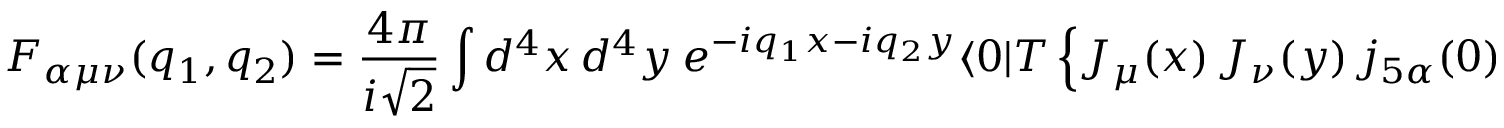
{ \cal { F } } _ { \alpha \mu \nu } ( q _ { 1 } , q _ { 2 } ) = \frac { 4 \pi } { i \sqrt { 2 } } \int d ^ { 4 } x \, d ^ { 4 } y \ e ^ { - i q _ { 1 } x - i q _ { 2 } y } \langle 0 | T \left\{ J _ { \mu } ( x ) \, J _ { \nu } ( y ) \, j _ { 5 \alpha } ( 0 ) \right\} | 0 \rangle